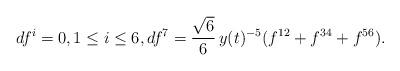
LaTeX: \begin{align*} df^i=0, 1\leq i\leq 6, df^7=\frac{\sqrt{6}}{6}\,y(t)^{-5}(f^{12}+f^{34}+f^{56}).\end{align*}